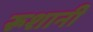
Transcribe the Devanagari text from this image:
रूशानी